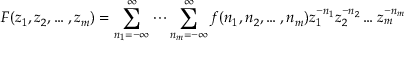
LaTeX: F ( z _ { 1 } , z _ { 2 } , \ldots , z _ { m } ) = \sum _ { n _ { 1 } = - \infty } ^ { \infty } \cdots \sum _ { n _ { m } = - \infty } ^ { \infty } f ( n _ { 1 } , n _ { 2 } , \ldots , n _ { m } ) z _ { 1 } ^ { - n _ { 1 } } z _ { 2 } ^ { - n _ { 2 } } \ldots z _ { m } ^ { - n _ { m } }